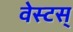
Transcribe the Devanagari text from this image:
वेस्टस्‌